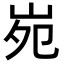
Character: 𡶟